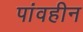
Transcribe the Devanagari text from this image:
पांवहीन